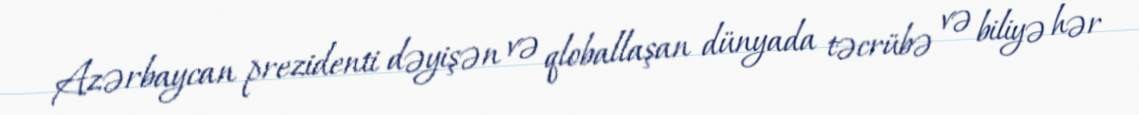
Azərbaycan prezidenti dəyişən və qloballaşan dünyada təcrübə və biliyə hər